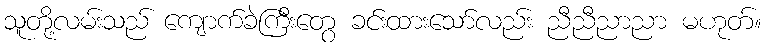
သူတို့လမ်းသည် ကျောက်ခဲကြီးတွေ ခင်းထားသော်လည်း ညီညီညာညာ မဟုတ်။